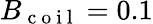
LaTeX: B_{\mathrm{~c~o~i~l~}}=0.1